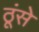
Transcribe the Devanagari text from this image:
ठूंसे